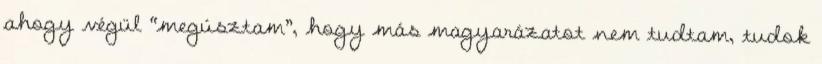
ahogy végül “megúsztam”, hogy más magyarázatot nem tudtam, tudok